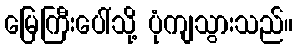
မြေကြီးပေါ်သို့ ပုံကျသွားသည်။